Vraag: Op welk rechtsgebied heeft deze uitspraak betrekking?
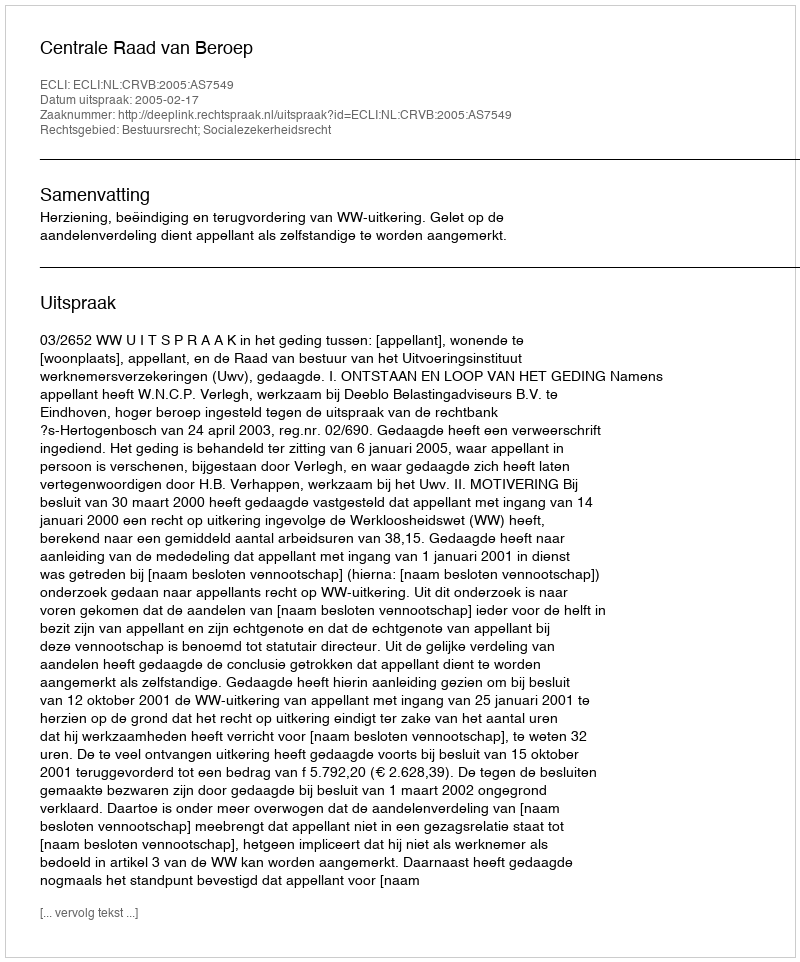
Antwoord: Bestuursrecht; Socialezekerheidsrecht